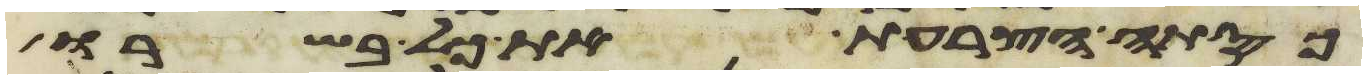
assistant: כסתה הצרעת את כל בשרו